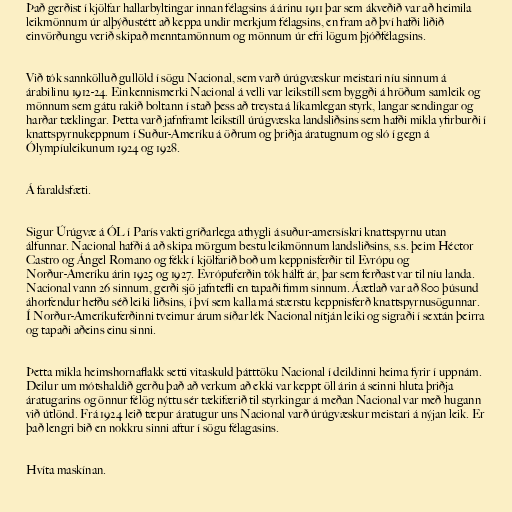
Það gerðist í kjölfar hallarbyltingar innan félagsins á árinu 1911 þar sem ákveðið var að heimila
leikmönnum úr alþýðustétt að keppa undir merkjum félagsins, en fram að því hafði liðið
einvörðungu verið skipað menntamönnum og mönnum úr efri lögum þjóðfélagsins.

Við tók sannkölluð gullöld í sögu Nacional, sem varð úrúgvæskur meistari níu sinnum á
árabilinu 1912-24. Einkennismerki Nacional á velli var leikstíll sem byggði á hröðum samleik og
mönnum sem gátu rakið boltann í stað þess að treysta á líkamlegan styrk, langar sendingar og
harðar tæklingar. Þetta varð jafnframt leikstíll úrúgvæska landsliðsins sem hafði mikla yfirburði í
knattspyrnukeppnum í Suður-Ameríku á öðrum og þriðja áratugnum og sló í gegn á
Ólympíuleikunum 1924 og 1928.

Á faraldsfæti.

Sigur Úrúgvæ á ÓL í París vakti gríðarlega athygli á suður-amersískri knattspyrnu utan
álfunnar. Nacional hafði á að skipa mörgum bestu leikmönnum landsliðsins, s.s. þeim Héctor
Castro og Ángel Romano og fékk í kjölfarið boð um keppnisferðir til Evrópu og
Norður-Ameríku árin 1925 og 1927. Evrópuferðin tók hálft ár, þar sem ferðast var til níu landa.
Nacional vann 26 sinnum, gerði sjö jafntefli en tapaði fimm sinnum. Áætlað var að 800 þúsund
áhorfendur hefðu séð leiki liðsins, í því sem kalla má stærstu keppnisferð knattspyrnusögunnar.
Í Norður-Ameríkuferðinni tveimur árum síðar lék Nacional nítján leiki og sigraði í sextán þeirra
og tapaði aðeins einu sinni.

Þetta mikla heimshornaflakk setti vitaskuld þátttöku Nacional í deildinni heima fyrir í uppnám.
Deilur um mótshaldið gerðu það að verkum að ekki var keppt öll árin á seinni hluta þriðja
áratugarins og önnur félög nýttu sér tækifærið til styrkingar á meðan Nacional var með hugann
við útlönd. Frá 1924 leið tæpur áratugur uns Nacional varð úrúgvæskur meistari á nýjan leik. Er
það lengri bið en nokkru sinni aftur í sögu félagasins.

Hvíta maskínan.